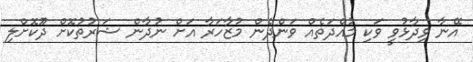
އޭނާ ވިދާޅުވީ ވަކި މުއްދަތެއް ވަންދެން މުޒާހަރާ އަށް ނުދާން ޝަރުތުކޮށް ދޫކޮށްލި